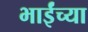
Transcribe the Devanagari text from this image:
भाईंच्या